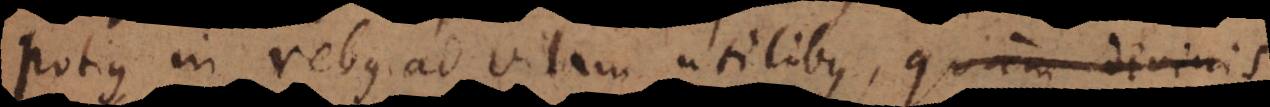
potius in rebus ad vitam utilibus, quam divinis